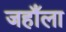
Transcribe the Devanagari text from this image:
जहाँला